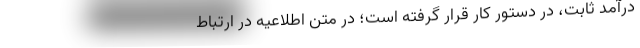
درآمد ثابت، در دستور کار قرار گرفته است؛ در متن اطلاعیه در ارتباط